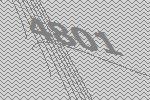
4801